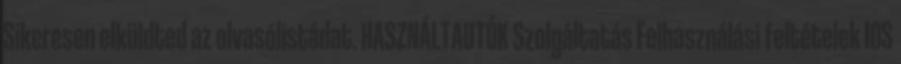
Sikeresen elküldted az olvasólistádat. HASZNÁLTAUTÓK Szolgáltatás Felhasználási feltételek IOS